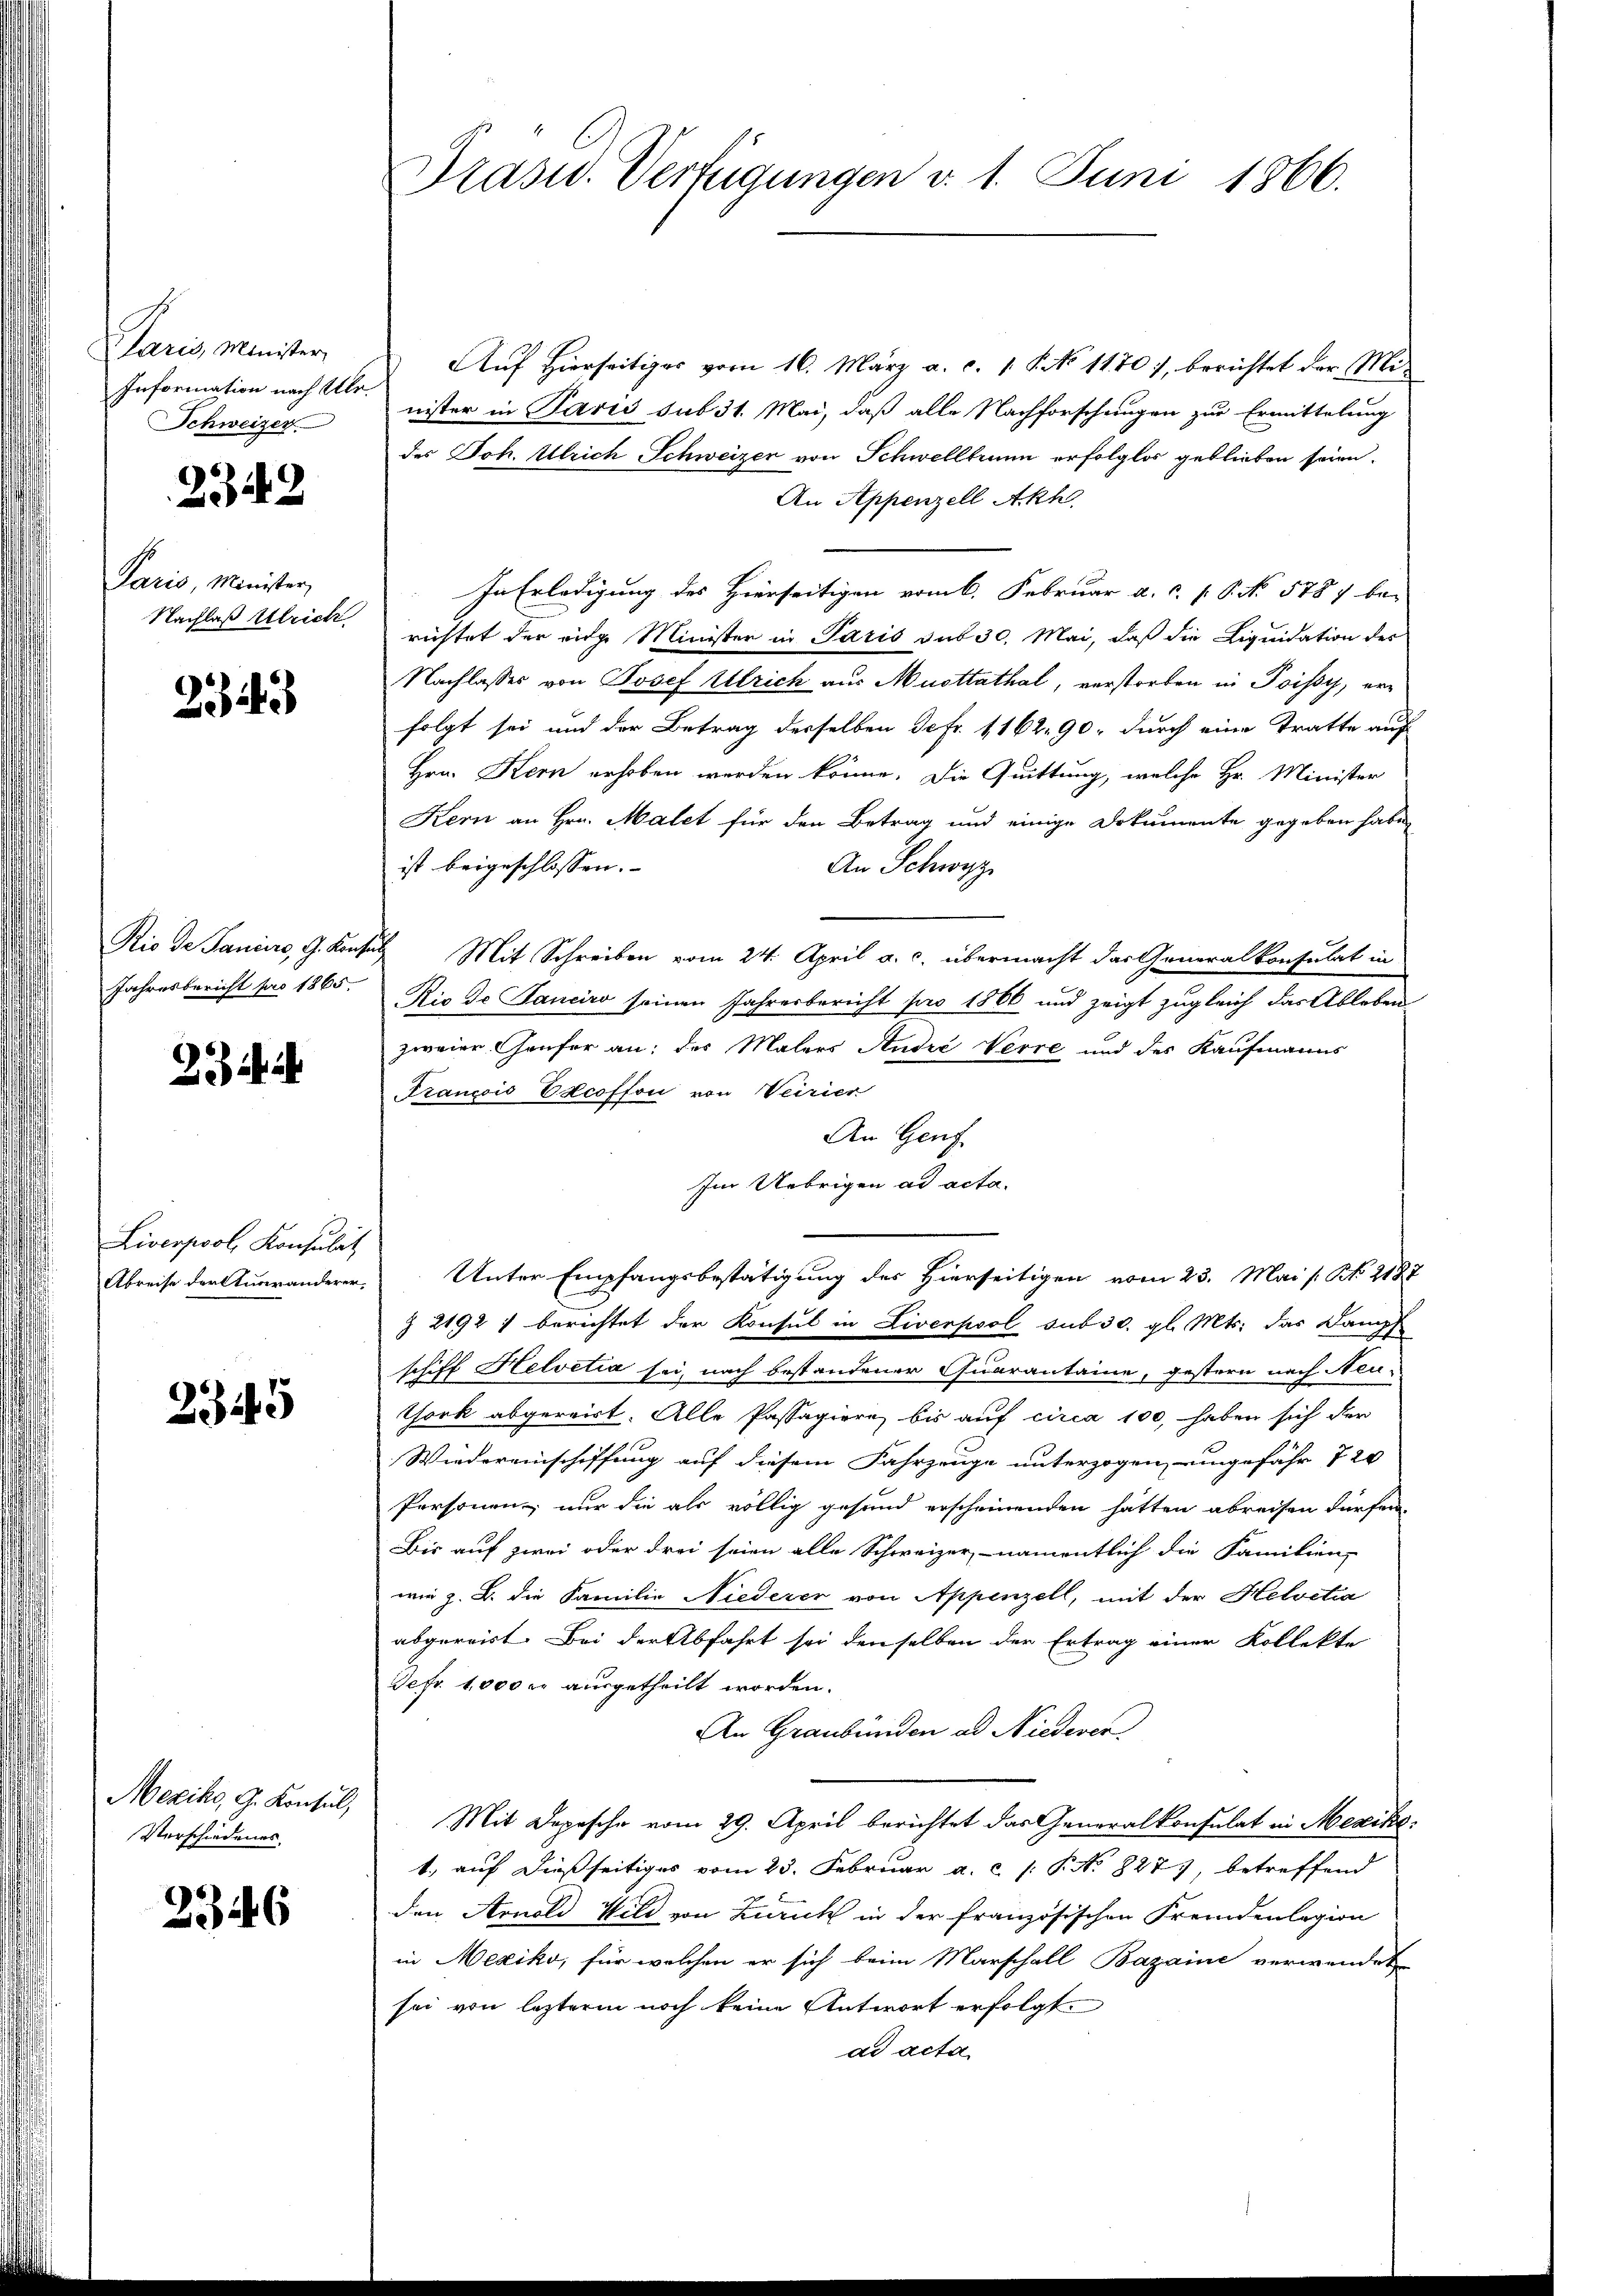
Paris, Minister
Information nach Ulr.
Schweizer

2342

Paris, Minister,
Nachlaß Ulrich

2543

Rio de Paniere, G. Konz
Jahresbericht pro 1865.

Schich

Liverpool Konsulat
Abreise der ttuaranderer,

2345

Mexiko, G. Konsul,
Verschiedenes.

2346

Prasid. Verfügungen v. 1. Juni 1866.

Auf Hierseitiges vom 16. März a. c. 1 S. No 1170), berichtet der Minister in Paris sub 31. Mai, daß alle Nachforschungen zur Ermittelung
des Joh. Ulrich, Schweizer von Schwellbrunn erfolglos geblieben seien.
An Appenzell Akh.
In Erledigung des Hierseitigen vom 6. Februar a. c. s. S. No. 5787 be-
richtet der eige Minister in Paris sub 30. Mai, daß die Liquidation des
Nachlasses von Josef Ulrich aus Musttathal, verstorben in Poissy, erfolgt sei und der Betrag desselben de fr. 1162. 90, durch eine Tratte auf
Hrn. Kern erhoben werden könne. Die Quittung, welche Hr. Minister
Kern an Hrn. Malet für den Betrag und einige Dokumente gegeben habe,
ist beigeschlossen.
An Schwyz
b Mit Schreiben vom 24. April a. c. übermacht das Generalkonsulat in
Rir de Sanciro seinen Jahresbericht pro 1866 und zeigt zugleich das Ableben
zweier Genfer an: des Malers Andre Verre und des Kaufmanns
Francois EAcoffon von Veirier
An Genf.
Im Uebrigen ad acta.
Unter Empfangsbestätigung des Hierseitigen vom 23. Mai / N. 2187
§ 2192 1 berichtet der Konsul in Liverpool sub 30. gl. Mts. das Dampf
schiff Helvetia sei, nach bestandener Quarantaine, gestern nach Neui
Thock abgereist. Alle Passagiere, bis auf circa 100, haben sich den
Wiedereinschiffung auf diesem Fahrzeuge unterzogen eingefähr 7 20
Personen nur die als völlig gesund erscheinenden hatten abreisen dürfen,
Bis auf zwei oder drei seien alle Schweizer, namentlich die Familien,
wie z. B. die Familie Niederer von Appenzell, mit der Helvetia
abgereist. Bei der Abfahrt sei denselben der Ertrag einer Kollekte
Sefr. 1000 er ausgetheilt worden.
An Graubünden ad Niederer
Mit Depesche vom 29. April berichtet das Generalkonsulat in Mexiko
1., auf dießseitiges vom 23. Februar a. c. /: P. No. 827), betreffend
den Arnold Wild von Zürich in der französischen Fremdenlegion
in Mexiko, für welchen er sich beim Marschall Bazaine verwendet
sei von letzterm noch keine Antwort erfolgt.
dd acta